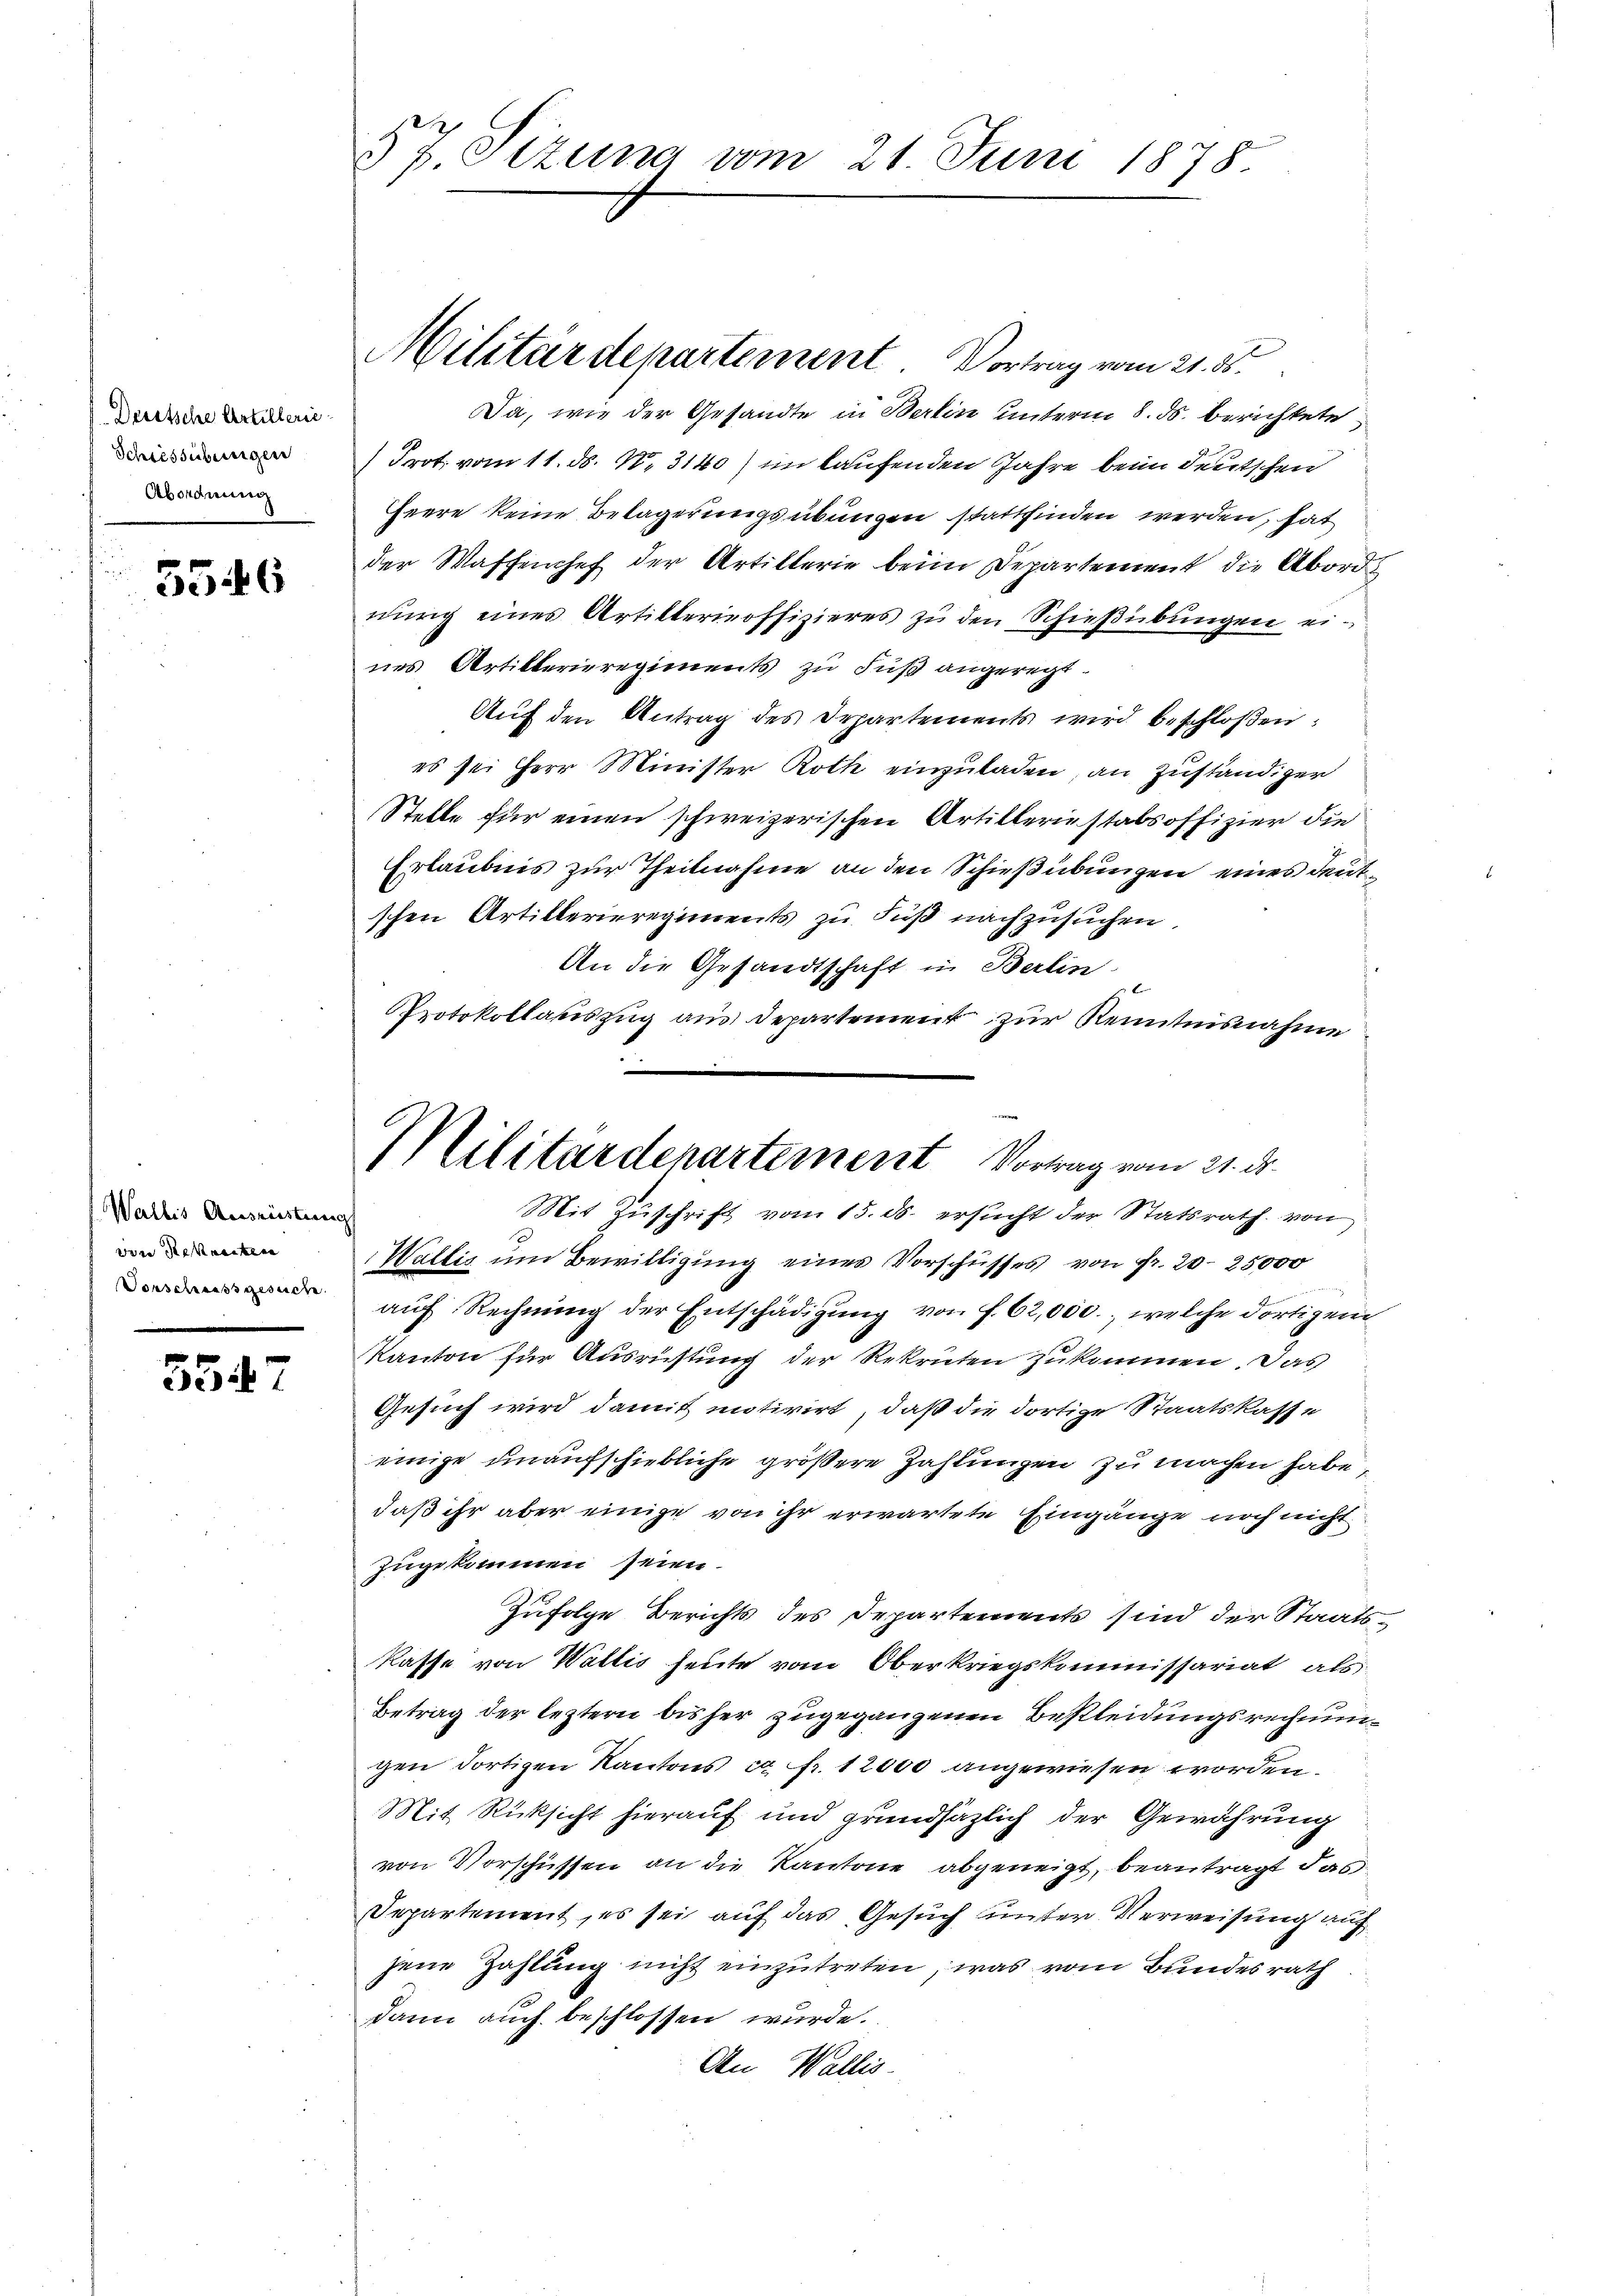
Deutsche Artillerie
Schiessübungen
Abordnung

5546

Wallis Ausreisterne
were Sekretine
Vorschaufsgesuche

5547

57 Sizung vom 21. Juni 1878.

Militärdepartement Vortrag vom 21. 55.

Da, wie der Gesandte in Berlin unterm 8. ds. berichtete
Frot, vom 11. ds. N. 3140) im Laufenden Jahre beim deutschen
Heere keine Belagerungsübungen stattfinden werden, hat
der Waffenchef der Artillerie beim Departement die Abord
nung eines Artikterieoffizieres zu den Schießübungen eines Artikterieregiments zu Fuß angeregt.
Aŭf den Antrag des Departements wird beschloßen:
es sei Herr Minister Roth einzuladen, an Zuständiger
Stelle für einen schweizerischen Artilleriestabsoffizier die
Erlaubnis zur Theilnahme an den Schießübungen eines deutschen Artillerieregiments zu Fuß nachzusuchen,
An die Gesandtschaft in Berlin
PProtokollauszug aus Departement zur Kenntnisnahme
Wallis um Bewilligung eines Vorschusses von Fr. 20–25,000
aŭf Rechnŭng der Entschädigŭng von f. 62,000., welche dortigen
Kanton für Ausrüstung der Rekruten zukommen. Das
Gesuch wird damit mitirirt, daß die dortige Staatskasse
einige unaufschiebliche größere Zahlungen zu machen habe,
daß ihr aber einige von ihr erwartete Eingänge noch nicht
zugekommen seien.
Zufolge Berichts des Departements sind der Staats-
kasse von Wallis heute vom Oberkriegskommissariat als
Betrag der leztern bisher zugegangenen Bekleidungsrechnungen dortigen Kantons ca Fr. 12000 angewiesen worden.
Mit Rücksicht hierauf und grundsäzlich der Gewährung
von Vorschüssen an die Kantone abgeneigt, beantragt das
Departement, es sei auf das Gesuch unter Verweisung auf
jene Zahlung nicht einzutreten, was vom Bundesrath
dann auch beschlossen wurde.
An Wallis.

Militärdepartement Vortrag vom 21. d.
Mit Zuschrift vom 15. ds. ersucht der Statsrath von